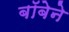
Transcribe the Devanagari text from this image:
बॉबेने